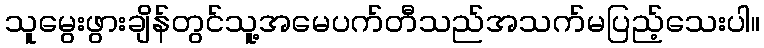
သူမွေးဖွားချိန်တွင်သူ့အမေပက်တီသည်အသက်မပြည့်သေးပါ။